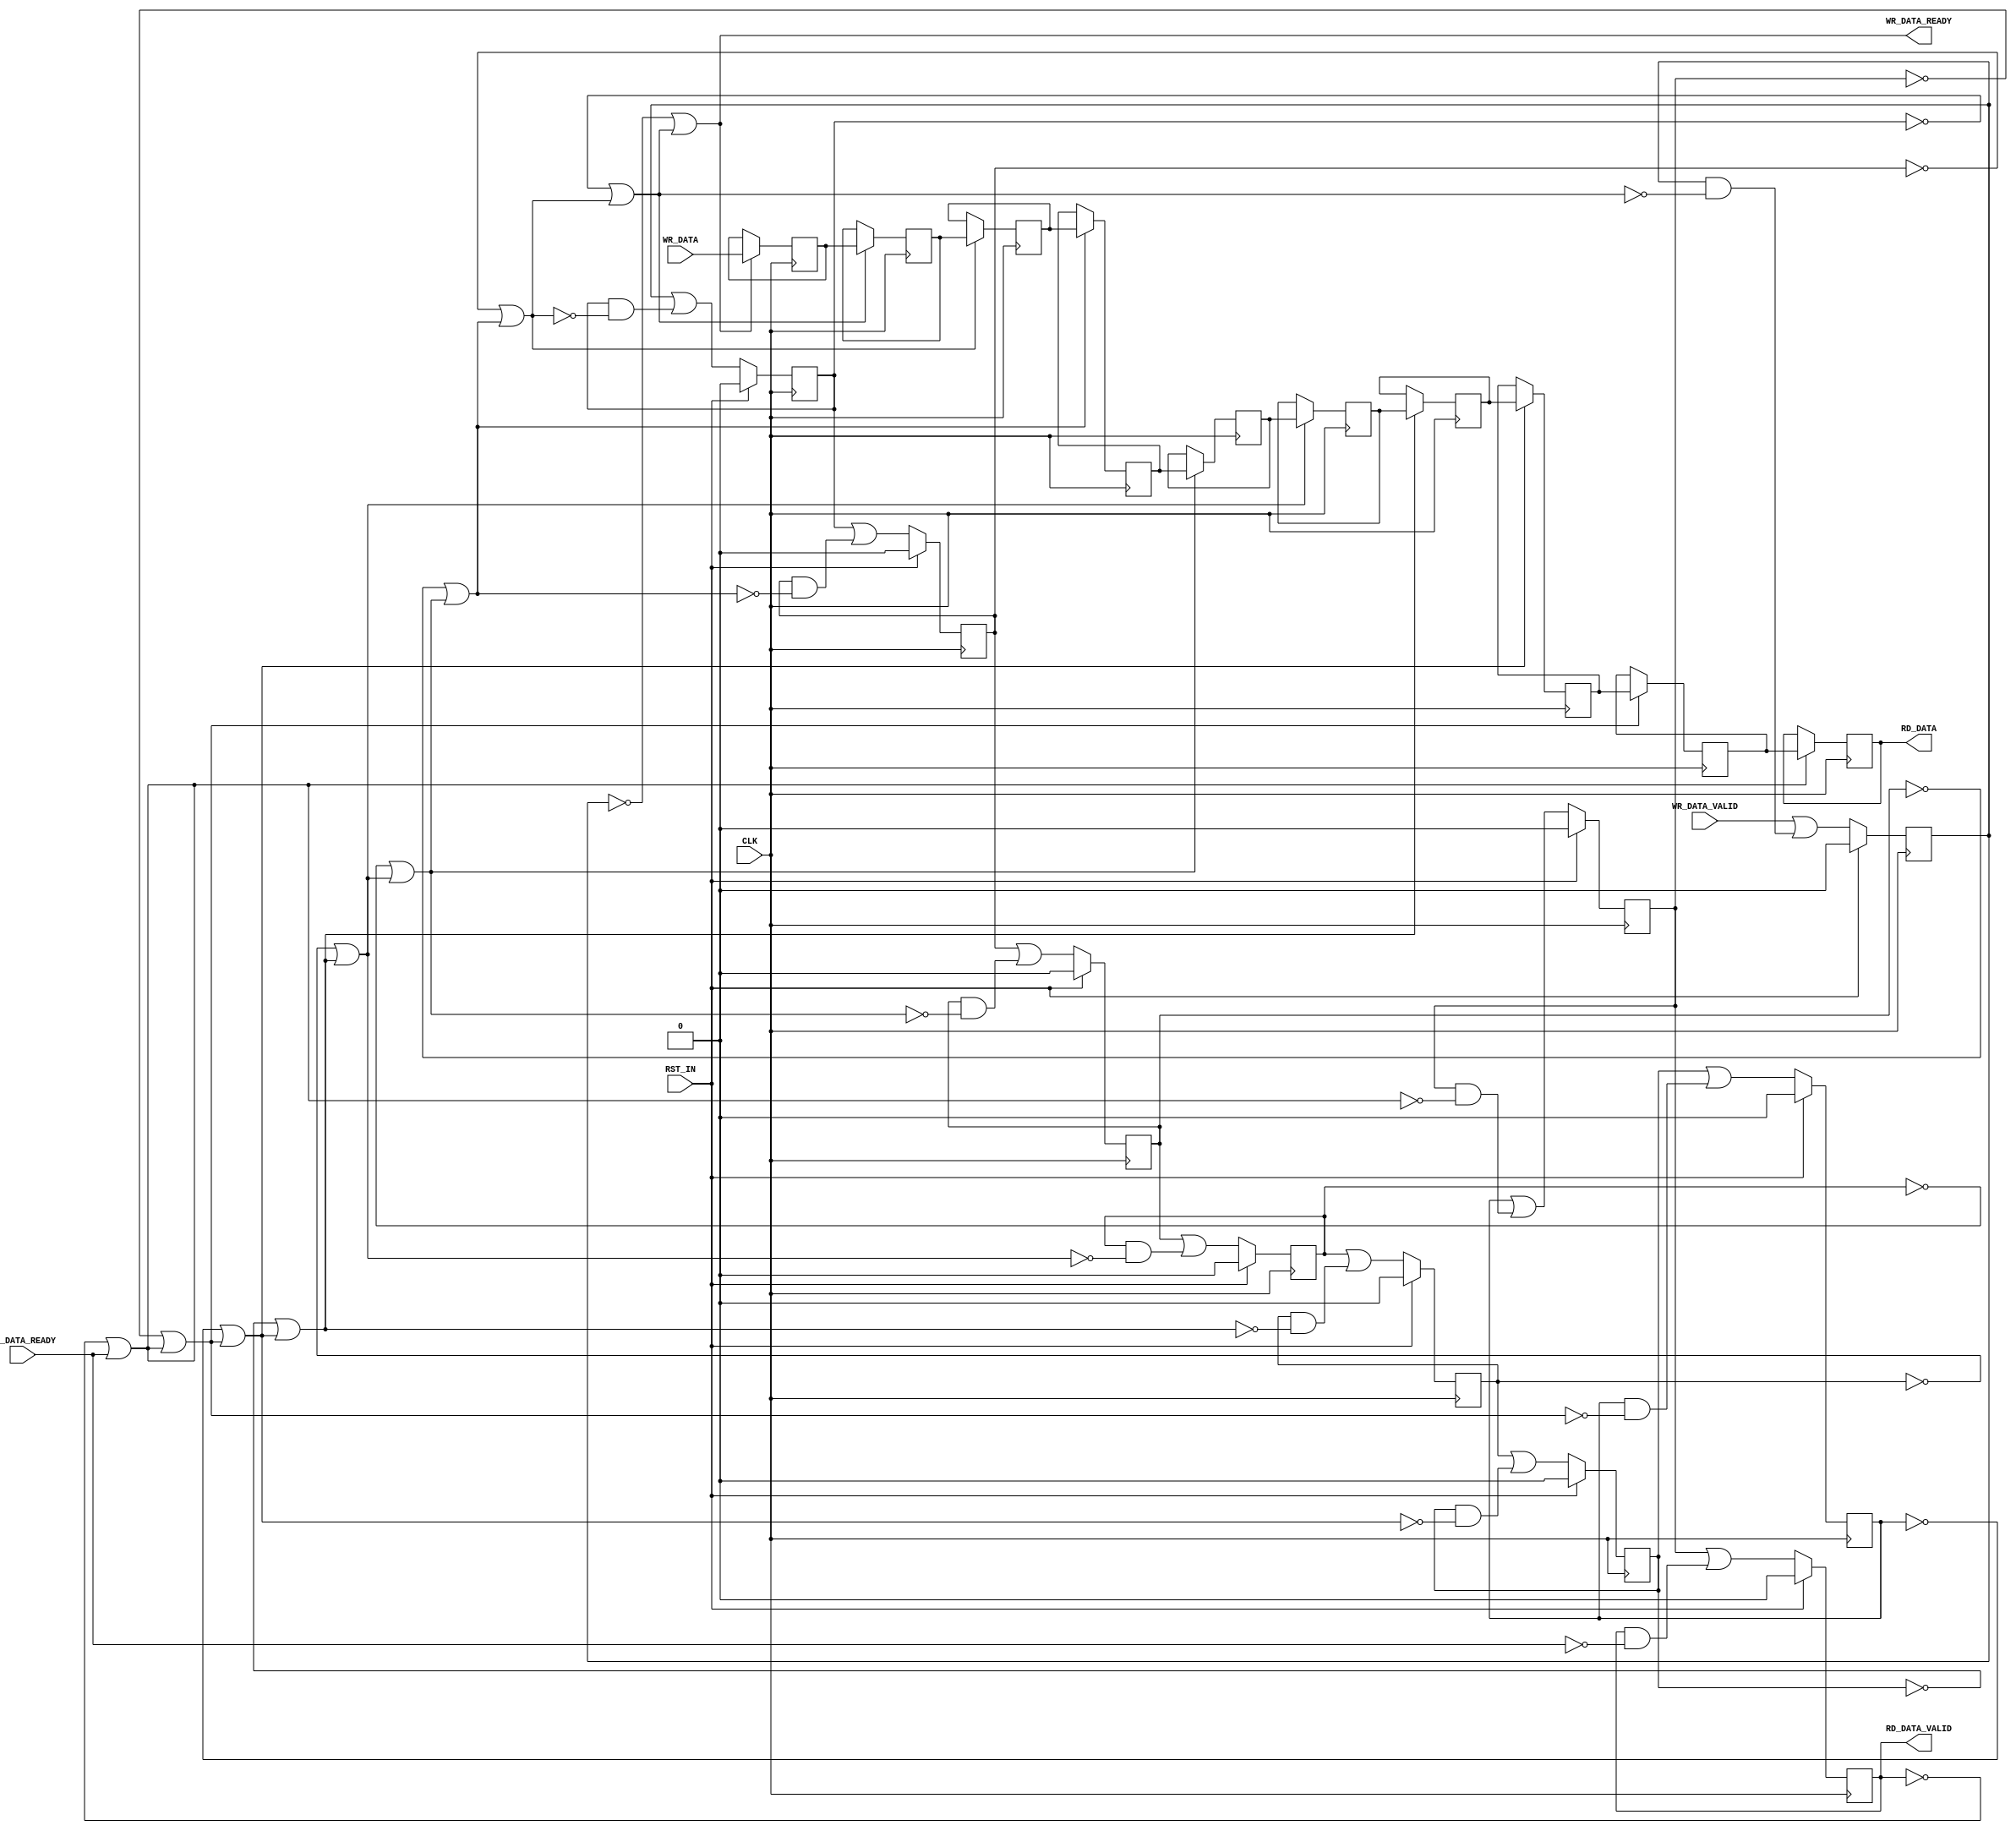
module reg_pipeline
    #(
      parameter C_DEPTH = 10,
      parameter C_WIDTH = 10
      )
    (
     input                CLK,
     input                RST_IN,
     input [C_WIDTH-1:0]  WR_DATA,
     input                WR_DATA_VALID,
     output               WR_DATA_READY,
     output [C_WIDTH-1:0] RD_DATA,
     output               RD_DATA_VALID,
     input                RD_DATA_READY
     );
    genvar                i;
    wire                  wReady [C_DEPTH:0];
    reg [C_WIDTH-1:0]     _rData [C_DEPTH:1], rData [C_DEPTH:0];
    reg                   _rValid [C_DEPTH:1], rValid [C_DEPTH:0];
    assign wReady[C_DEPTH] = RD_DATA_READY;
    assign RD_DATA = rData[C_DEPTH];
    assign RD_DATA_VALID = rValid[C_DEPTH];
    assign WR_DATA_READY = wReady[0];
    always @(*) begin
        rData[0] = WR_DATA;
        rValid[0] = WR_DATA_VALID;
    end
    generate
        for( i = 1 ; i <= C_DEPTH; i = i + 1 ) begin : gen_stages
            assign #1 wReady[i-1] =  ~rValid[i] | wReady[i];
            always @(*) begin
                _rData[i] = rData[i-1];
            end
            always @(posedge CLK) begin
                if(wReady[i-1]) begin
                    rData[i] <= #1 _rData[i];
                end
            end
            always @(*) begin
                if(RST_IN) begin
                    _rValid[i] = 1'b0;
                end else begin
                    _rValid[i] = rValid[i-1] | (rValid[i] & ~wReady[i]);
                end
            end
            always @(posedge CLK) begin
                rValid[i] <= #1 _rValid[i];
            end
        end
    endgenerate
endmodule